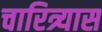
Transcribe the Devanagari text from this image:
चारित्र्यास